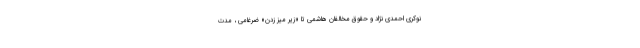
نوکری احمدی نژاد و حقوق مخالفان هاشمی تا «زیر میز زدن» ضرغامی ، مدت